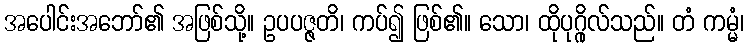
အပေါင်းအဘော်၏ အဖြစ်သို့။ ဥပပဇ္ဇတိ၊ ကပ်၍ ဖြစ်၏။ သော၊ ထိုပုဂ္ဂိုလ်သည်။ တံ ကမ္မံ၊